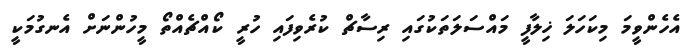
އެހެންވީމަ މިކަހަލަ ޚިލާފީ މައްސަލަތަކުގައި ރިސާޗް ކުރެވިފައި ހުރީ ކޯއްޗެއްތޯ މީހުންނަށް އެނގުމަކީ